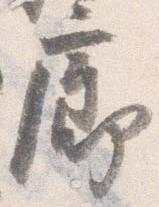
廊